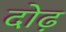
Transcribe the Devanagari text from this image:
दोढ़